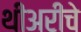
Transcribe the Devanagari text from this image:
थीअरीचे